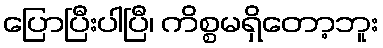
ပြောပြီးပါပြီ၊ ကိစ္စမရှိတော့ဘူး